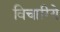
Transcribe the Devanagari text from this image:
विचारिये